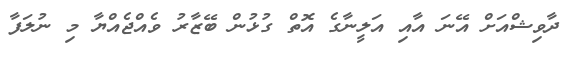
ދާވިޝްއަށް އޭނަ އާއި އަލީނާގެ އޮތް ގުޅުން ބޭޒާރު ވެއްޖެއްޔާ މި ނުލަފާ